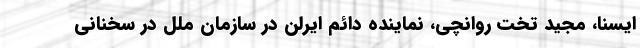
ایسنا، مجید تخت روانچی، نماینده دائم ایرلن در سازمان ملل در سخنانی